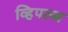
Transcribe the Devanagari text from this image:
व्हिपल्स